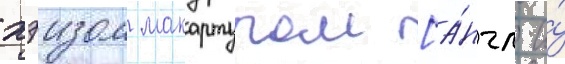
хэизом макартуром [а́нгл. и́